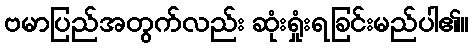
ဗမာပြည်အတွက်လည်း ဆုံးရှုံးရခြင်းမည်ပါ၏။